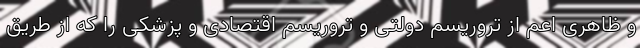
و ظاهری اعم از تروریسم دولتی و تروریسم اقتصادی و پزشکی را که از طریق